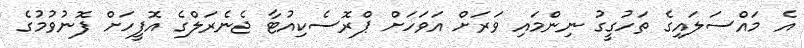
އެ މައްސަލައިގެ ތަހުގީގު ނިންމައި ވަރަށް އަވަހަށް ޕްރޮސެކިއުޓާ ޖެނެރަލްގެ އޮފީހަށް ފޮނުވުމުގެ